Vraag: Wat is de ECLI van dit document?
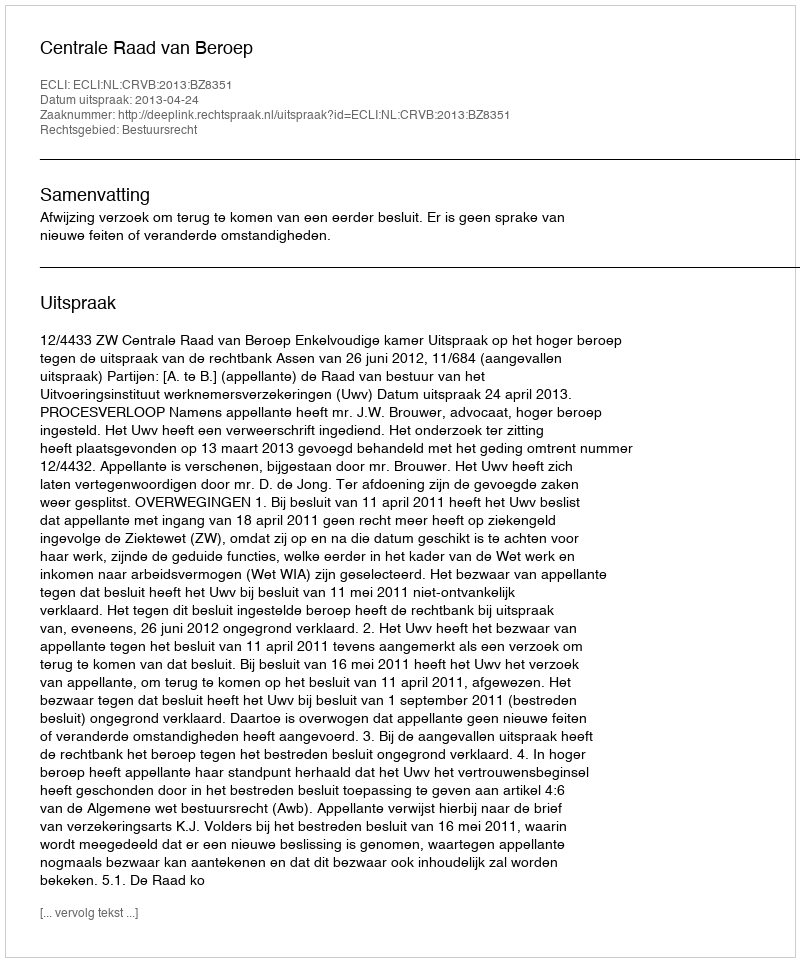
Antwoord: ECLI:NL:CRVB:2013:BZ8351